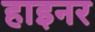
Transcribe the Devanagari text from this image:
हाइनर